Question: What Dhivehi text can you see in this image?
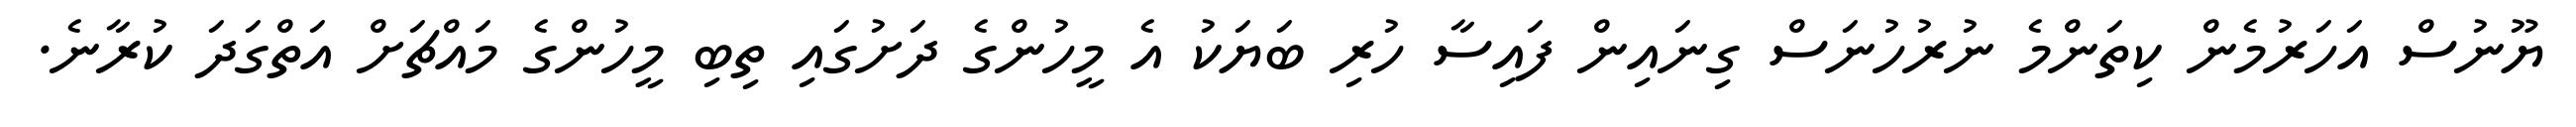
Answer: ޔޫނުސް އަހަރުމެން ކިތަންމެ ނުރުހުނަސް ގިނައިން ފައިސާ ހުރި ބަޔަކު އެ މީހުންގެ ދަށުގައި ތިބި މީހުންގެ މައްޗަށް އަތްގަދަ ކުރާނެ.